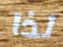
لذا